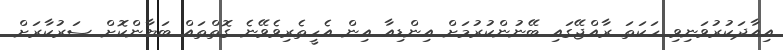
އިއާދަކުރުވަނިވި ހަކަތަ ރާއްޖޭގައި ބޭނުންކުރުމަށް އިންޑިއާ އިން އެހީތެރިވެވޭނެ ގޮތްތައް ބަޔާންކޮށް ސަރުކާރަށް